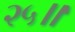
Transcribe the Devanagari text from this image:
२५॥